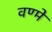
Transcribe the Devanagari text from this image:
वण्मे